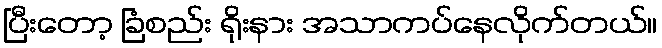
ပြီးတော့ ခြံစည်း ရိုးနား အသာကပ်နေလိုက်တယ်။